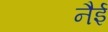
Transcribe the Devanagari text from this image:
नैई